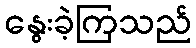
နွေးခဲ့ကြသည်